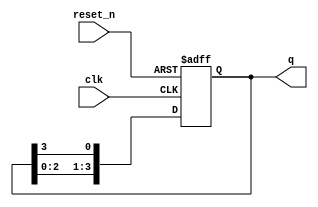
module async_ring_counter #(parameter N = 4) (
    input wire clk,             // Clock input
    input wire reset_n,        // Active-low asynchronous reset
    output reg [N-1:0] q       // Output state of the counter
);

    // Initial state for the ring counter
    initial begin
        q = 1'b1; // Set initial state to '0001' for a 4-bit counter
    end

    // Asynchronous reset and state transition
    always @(posedge clk or negedge reset_n) begin
        if (!reset_n) begin
            q <= 1'b1; // Reset to initial state
        end else begin
            // Shift the '1' around the ring
            q <= {q[N-2:0], q[N-1]}; // Shift left
            q[0] <= q[N-1]; // Connect last flip-flop to the first
        end
    end

endmodule